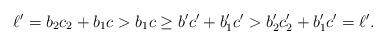
LaTeX: \begin{align*}\ell'=b_2c_2+b_1c>b_1c\geq b'c'+b'_1c'>b_2'c_2'+b'_1c'=\ell'.\end{align*}